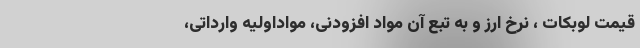
قیمت لوبکات ، نرخ ارز و به تبع آن مواد افزودنی، مواداولیه وارداتی،